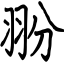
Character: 翂